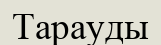
Тарауды